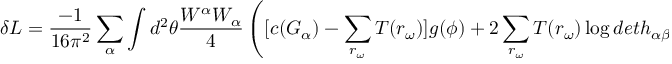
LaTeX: \delta { \cal L } = \frac { - 1 } { 1 6 { \pi } ^ { 2 } } \sum _ { \alpha } \int d ^ { 2 } \theta \frac { W ^ { \alpha } W _ { \alpha } } { 4 } \left( [ c ( G _ { \alpha } ) - \sum _ { r _ { \omega } } T ( r _ { \omega } ) ] g ( \phi ) + 2 \sum _ { r _ { \omega } } T ( r _ { \omega } ) \log d e t h _ { \alpha \beta } ( \phi , { \bar { \phi } } ) \right) + h . c